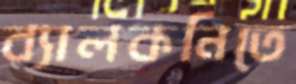
ব্যালকনিতে